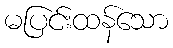
မပြင်းထန်သော